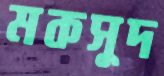
মকসুদ